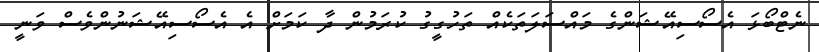
ނެޓްބޯޅަ އެސޯސިއޭޝަންގެ މައްސަލަތަކެއް ތަހުގީގު ކުރަމުން ދާ ކަމަށް އެ އެސޯސިއޭޝަނުންވެސް ވަނީ